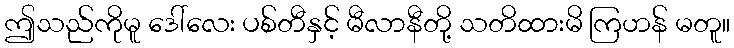
ဤသည်ကိုမူ ဒေါ်လေး ပစ်တီနှင့် မီလာနီတို့ သတိထားမိ ကြဟန် မတူ။